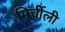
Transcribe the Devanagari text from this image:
मिर्चीली